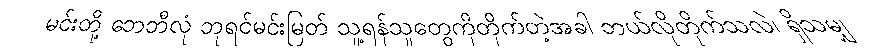
မင်းတို့ ဘေဘီလုံ ဘုရင်မင်းမြတ် သူ့ရန်သူတွေကိုတိုက်တဲ့အခါ ဘယ်လိုတိုက်သလဲ၊ ရှိသမျှ